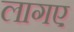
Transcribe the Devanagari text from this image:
लागए